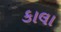
કાલા